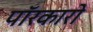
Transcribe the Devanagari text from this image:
पॉरकारो